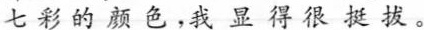
七彩的颜色，我显得很挺拔。